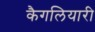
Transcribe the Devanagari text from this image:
कैगलियारी